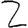
Digit: 2